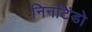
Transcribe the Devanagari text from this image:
निनटिंडो